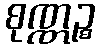
စုဏ္ဏဉ္စ